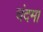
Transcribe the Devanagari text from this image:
चंदमा